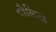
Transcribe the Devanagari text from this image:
माैलिक